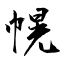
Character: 幌